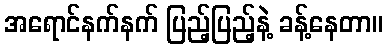
အရောင်နက်နက် ပြည့်ပြည့်နဲ့ ခန့်နေတာ။